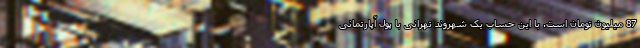
87 میلیون تومان است. با این حساب یک شهروند تهرانی با پول آپارتمانی